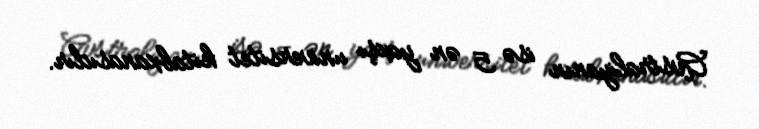
Avstraliyanın isə 5 ən yaxşı universitet kitabxanasıdır.